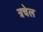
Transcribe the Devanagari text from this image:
त्रचेल